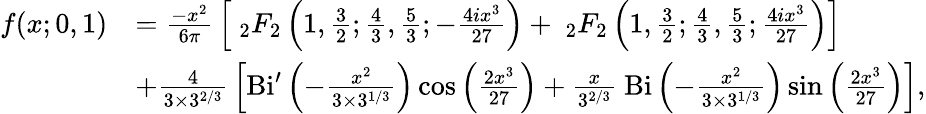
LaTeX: {\begin{array}{rl}{f(x;0,1)}&{={\frac{-x^{2}}{6\pi}}\left[~_{2}F_{2}\left(1,{\frac{3}{2}};{\frac{4}{3}},{\frac{5}{3}};-{\frac{4ix^{3}}{27}}\right)+~_{2}F_{2}\left(1,{\frac{3}{2}};{\frac{4}{3}},{\frac{5}{3}};{\frac{4ix^{3}}{27}}\right)\right]}\\ &{+{\frac{4}{3\times 3^{2/3}}}\left[\mathrm{Bi}^{\prime}\left(-{\frac{x^{2}}{3\times 3^{1/3}}}\right)\cos\left({\frac{2x^{3}}{27}}\right)+{\frac{x}{3^{2/3}}}~\mathrm{Bi}\left(-{\frac{x^{2}}{3\times 3^{1/3}}}\right)\sin\left({\frac{2x^{3}}{27}}\right)\right],}\end{array}}